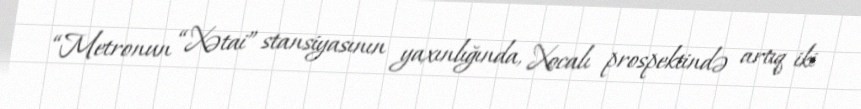
“Metronun “Xətai” stansiyasının yaxınlığında, Xocalı prospektində artıq iki